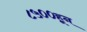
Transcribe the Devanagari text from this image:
८५००हून